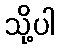
သို့ပါ